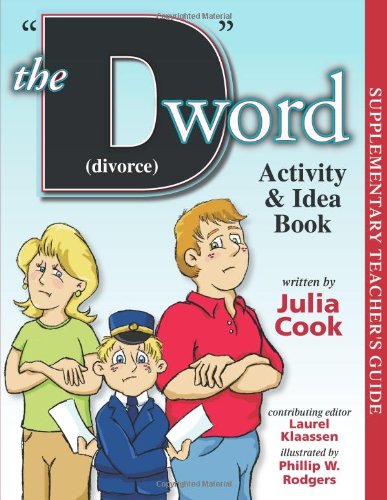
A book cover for The D Word (Divorce) Activity & Idea Book; Julia Cook; Parenting & Relationships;